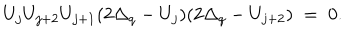
LaTeX: U _ { j } U _ { j + 2 } U _ { j + 1 } ( 2 \Delta _ { q } - U _ { j } ) ( 2 \Delta _ { q } - U _ { j + 2 } ) \; = \; 0 .